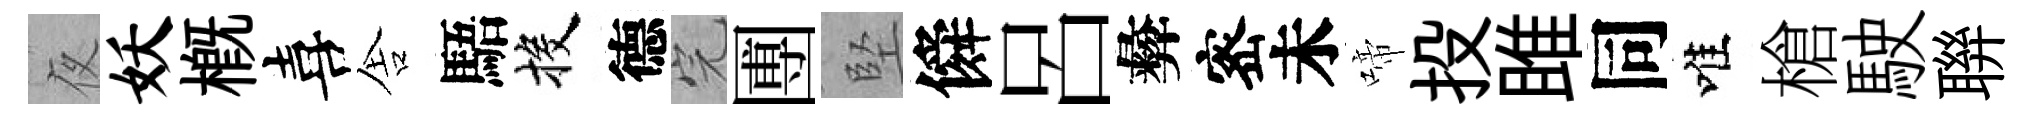
夜妖概喜舎䮏投德完圑堅僢呂彜宻未啼投雎同唯槍駛聨